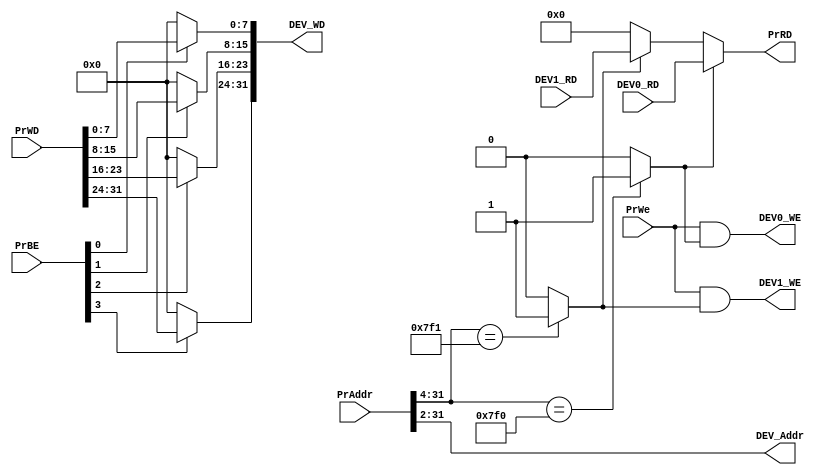
`timescale 1ns / 1ps
//////////////////////////////////////////////////////////////////////////////////
// Company: 
// Engineer: 
// 
// Design Name: 
// Module Name:    Bridge 
// Project Name: 
// Target Devices: 
// Tool versions: 
// Description: 
//
// Dependencies: 
//
// Revision: 
// Revision 0.01 - File Created
// Additional Comments: 
//
//////////////////////////////////////////////////////////////////////////////////
module Bridge(
	input PrWe,
	input [3:0] PrBE,
    input [31:0] PrAddr,
	output [31:0] PrRD,
    input [31:0] PrWD,
	output [31:2] DEV_Addr,
    input [31:0] DEV0_RD,
	input [31:0] DEV1_RD,
	output [31:0] DEV_WD,
	output DEV0_WE,
	output DEV1_WE
    );
	//
	wire HitDEV0,HitDEV1;
	assign HitDEV0 = (PrAddr[31:4]==28'h00007f0) ? 1'b1 : 1'b0;
	assign HitDEV1 = (PrAddr[31:4]==28'h00007f1) ? 1'b1 : 1'b0;
	//cpu
	assign PrRD = (HitDEV0) ? DEV0_RD :
				  (HitDEV1) ? DEV1_RD :
				   32'd0;
	//
	assign DEV_Addr = PrAddr[31:2];
	//cpu
	assign DEV_WD[7:0] = (PrBE[0]) ? PrWD[7:0] :8'b0;
	assign DEV_WD[15:8] = (PrBE[1]) ? PrWD[15:8] :8'b0;
	assign DEV_WD[23:16] = (PrBE[2]) ? PrWD[23:16] :8'b0;
	assign DEV_WD[31:24] = (PrBE[3]) ? PrWD[31:24] :8'b0;
	//
	assign DEV0_WE = PrWe & HitDEV0;
	assign DEV1_WE = PrWe & HitDEV1;
	
	
endmodule